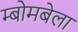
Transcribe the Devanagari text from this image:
म्बोमबेला